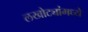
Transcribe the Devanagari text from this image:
लखोट्यांमध्ये